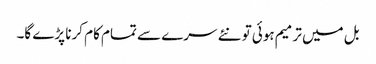
بل میں ترمیم ہوئی تو نئے سرے سے تمام کام کرنا پڑے گا۔